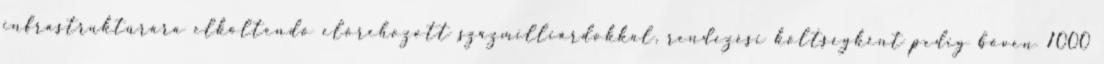
infrastruktúrára elköltendő előrehozott százmilliárdokkal, rendezési költségként pedig bőven 1000